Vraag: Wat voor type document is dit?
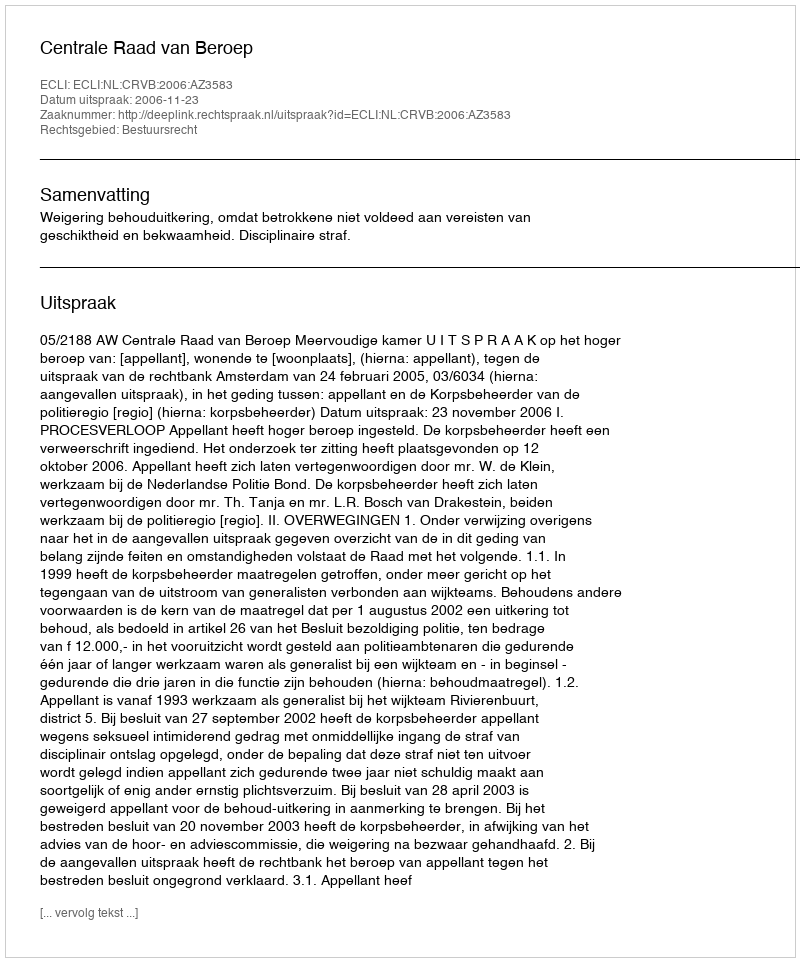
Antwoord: Uitspraak